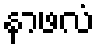
နာဖလံ